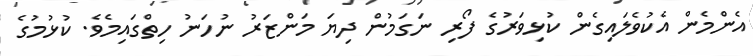
އެންމެން އެކުވެލައިގެން ކުޅިވަރުގެ ފޯރި ނަގަމުން ދިޔަ މަންޒަރު ނުހަނު ހިތްގައިމެވެ. ކުޅުމުގެ